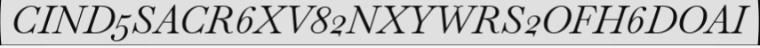
CIND5SACR6XV82NXYWRS2OFH6DOAI